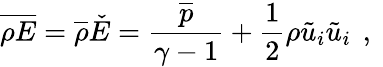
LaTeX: \overline{{\rho E}}=\overline{{\rho}}\check{E}=\frac{\overline{{p}}}{\gamma-1}+\frac{1}{2}\rho\tilde{u}_{i}\tilde{u}_{i}\, \mathrm{~,~}